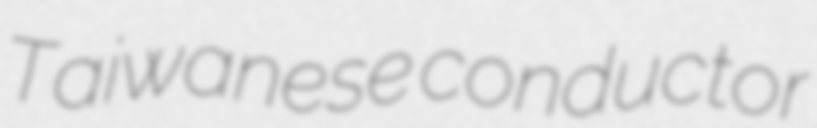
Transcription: Taiwanese conductor